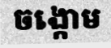
ចង្កោម